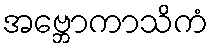
အဗ္ဘောကာသိကံ